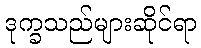
ဒုက္ခသည်များဆိုင်ရာ